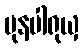
ပုနပါရုယှ